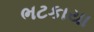
ભટકાયા